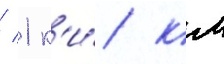
/ 1 к'и́/ км